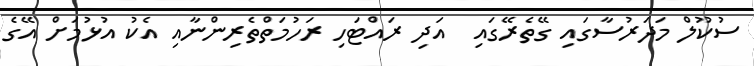
ސުކޫލް މަދަރުސާގައި ގޭތެރޭގައި  އަދި ރައްޓަހި ރަހުމަތްތެރިންނާއި އެކު އުޅުމަށް އޭގެ